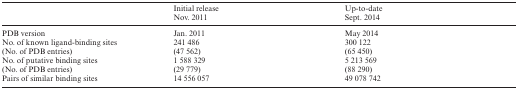
<table><thead><tr><td></td><td><b>Initial release</b></td><td><b>Up-to-date</b></td></tr><tr><td></td><td><b>Nov. 2011</b></td><td><b>Sept. 2014</b></td></tr></thead><tbody><tr><td>PDB version</td><td>Jan. 2011</td><td>May 2014</td></tr><tr><td>No. of known ligand-binding sites</td><td>241 486</td><td>300 122</td></tr><tr><td>(No. of PDB entries)</td><td>(47 562)</td><td>(65 450)</td></tr><tr><td>No. of putative binding sites</td><td>1 588 329</td><td>5 213 569</td></tr><tr><td>(No. of PDB entries)</td><td>(29 779)</td><td>(88 290)</td></tr><tr><td>Pairs of similar binding sites</td><td>14 556 057</td><td>49 078 742</td></tr></tbody></table>